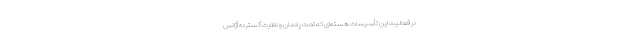
در فعالیت این تأسیسات هسته‌ای که تحت پادمان و نظارت گسترده آژانس